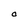
Character: O